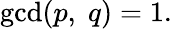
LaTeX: \operatorname*{gcd}(p,\; q)=1.